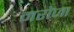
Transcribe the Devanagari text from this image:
मरोजा